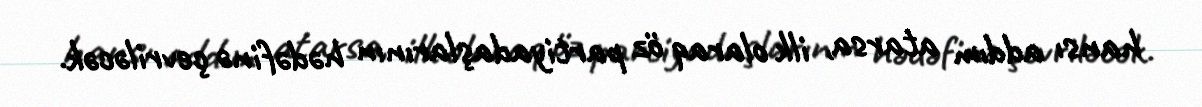
hansı addım atarsa, ilk olaraq öz partiyadaşlarının hədəfinə çevriləcək.